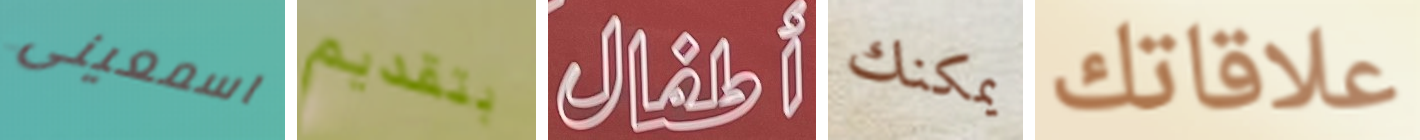
اسمعينى بتقديم أطفال يمكنك علاقاتك